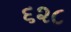
૬૨૮